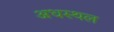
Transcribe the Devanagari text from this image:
अधस्थल